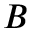
B